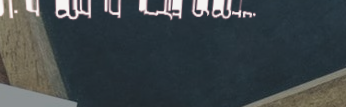
بيع وشراء قطع مجوهرات حري